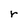
Character: r